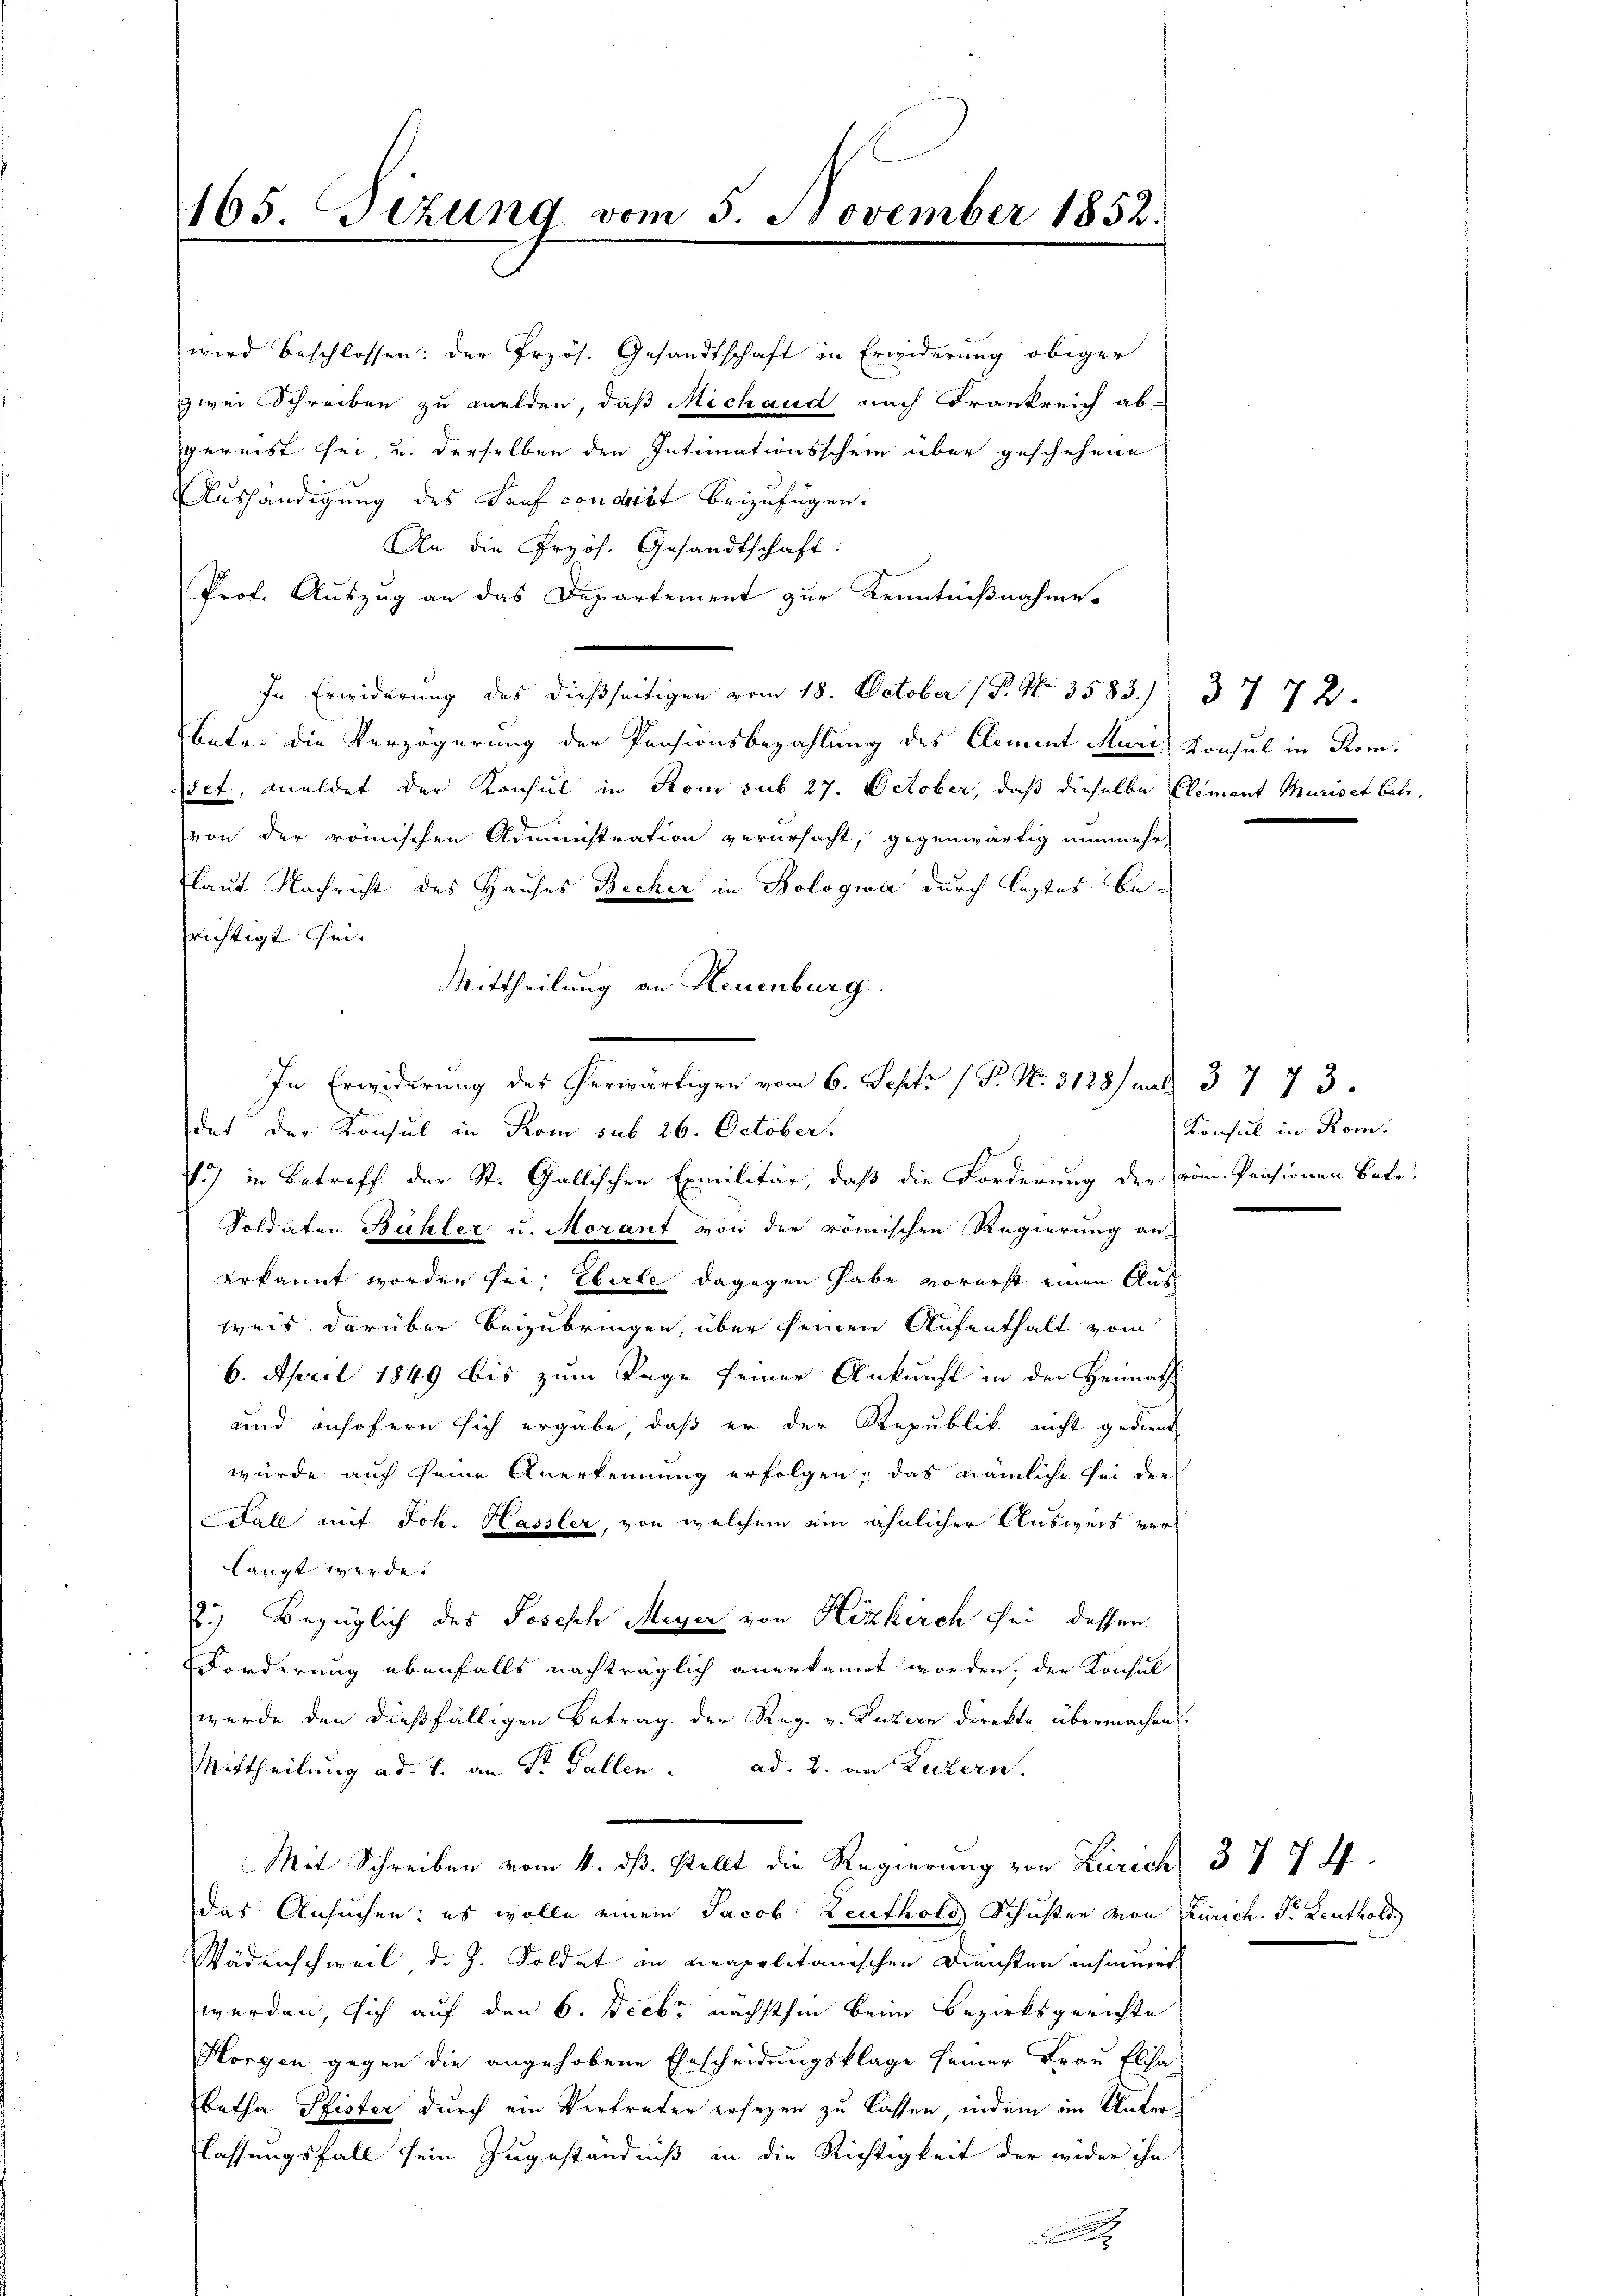
165. Sizung vom 5. November 1852.

wird beschlossen: der Przös. Gesandtschaft in Erwiderung obiger
zwei Schreiben zu melden, daß Michaud nach Frankreich ab-
gereist sei, und derselben den Intimationsschein über geschehene
Aushändigung des Kauf consist beizufügen.
An die Pryös. Gesandtschaft:
Prof. Auszug an das Departement zur Kenntnißnahme.
In Erwiderung des dießseitigen vom 18. October (P. Nr. 3583. 3772.
betr. die Verzögerung der Pensionsbezahlung des Clement Muri, Konsul in Komset, meldet der Konsul in Rom sub 27. October, daß dieselbe Clement Muriset betr.
von der römischen Administration verursacht, gegenwärtig nunmehr
laut Nachricht des Hauses Becker in Bologwa durch leztes Besrichtigt sei.
dat der Konsul in Rom sub 26. October.
.) in Betreff der St. Gallischen Exmilitär, daß die Forderung der vom Pensionen Bote.
Soldaten Bühler u. Morant von der römischen Regierung an-
erkannt worden sei. Eberle dagegen habe vorerst einen Aus-
weis darüber beizubringen, über seinen Aufenthalt vom
6. April 1849 bis zum Tage seiner Ankunft in der Heimath
und insofern sich ergäbe, daß er der Republik nicht gedient
würde auch seine Anerkennung erfolgen, das nämliche sei der
Fall mit Joh. Hassler, von welchem ein ähnlicher Ausweis verlangt werde.
2.) Bezüglich des Joseph Meyer von Hizkirch sei dessen
Forderung ebenfalls nachträglich anerkannt worden, der Konsul
wurde den dießfälligen Betrag der Reg. v. Luzern direkte übermachen.
Mittheilung ad 1. an Sr. Gallen. ad. B. an Luzern.
Mit Schreiben vom 4. ds. stellt die Regierung von Zürich, 377 ff.
das Ansuchen: es wolle einem Jacob Leuthold Schusen von Zürich. Pr. Leuthold
Wädenschweil d. J. Soldat in neapolitanischen Diensten insinuirt
werden, sich auf den 6. Decbr nächsthin beim Bezirksgerichte
Horgen gegen die angehobene Erscheidungsklage seiner Frau Elisa-
betha Pfister durch ein Vertreter ersezen zu lassen, indem im Unter¬
Klassungsfall sein Zugeständniß in die Richtigkeit der wider ihn

Mittheilung an Neuenburg.
In Erwiderung des herwärtigen vom 6. Septz ( P. Nr. 3128) mit 37 73.

Konsul in Rom.